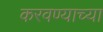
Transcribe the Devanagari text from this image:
करवण्याच्या